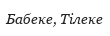
Бабеке, Тілеке